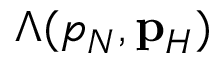
\Lambda ( p _ { N } , { \bf p } _ { H } )